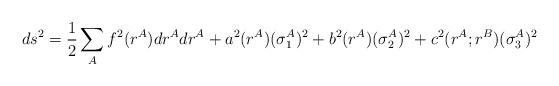
LaTeX: \begin{align*}ds^2=\frac{1}{2}\sum_A f^2(r^A)dr^Adr^A+a^2(r^A)(\sigma_1^A)^2+b^2(r^A)(\sigma_2^A)^2+c^2(r^A;r^B)(\sigma_3^A)^2\end{align*}